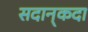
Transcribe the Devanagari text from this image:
सदान्‌कदा